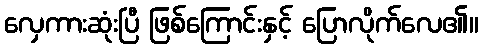
လှေကားဆုံးပြီ ဖြစ်ကြောင်းနှင့် ပြောလိုက်လေ၏။